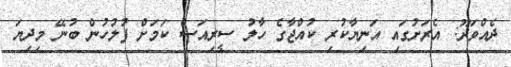
ދެއްވަދޫ: އެރަށުގައި އަނިޔާކުރި ކުއްޖާގެ ހާލު ސީރިއަސް ކަމަށް ފުލުހުން ބުނޭ މިދިޔަ